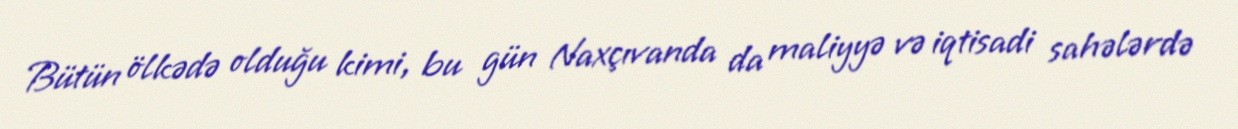
Bütün ölkədə olduğu kimi, bu gün Naxçıvanda da maliyyə və iqtisadi sahələrdə